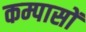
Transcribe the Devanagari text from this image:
कम्पासों